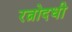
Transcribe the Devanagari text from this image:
रत्नोदधी